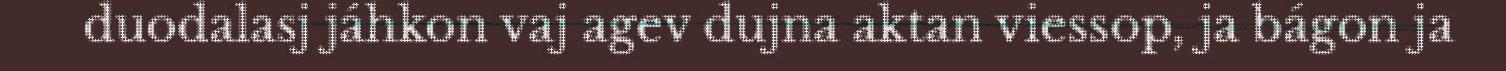
duodalasj jáhkon vaj agev dujna aktan viessop, ja bágon ja